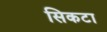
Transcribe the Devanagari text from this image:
सिकटा